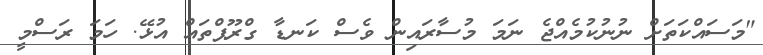
"މަސައްކަތަށް ނުނުކުމެއްޖެ ނަމަ މުސާރައިން ވެސް ކަނޑާ ގްރޫޕްތައް އުޅޭ. ހަމަ ރަސްމީ